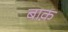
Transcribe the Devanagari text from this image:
बाक़